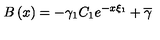
B \left( x \right) = - \gamma _ { 1 } C _ { 1 } e ^ { - x \xi _ { 1 } } + \overline { { \gamma } }